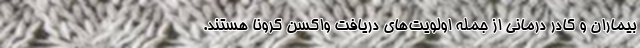
بیماران و کادر درمانی از جمله اولویت‌های دریافت واکسن کرونا هستند.